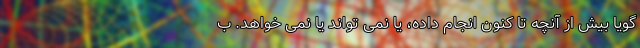
گویا بیش از آنچه تا کنون انجام داده، یا نمی تواند یا نمی خواهد. ب